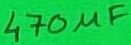
Text: 470µF